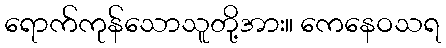
ရောက်ကုန်သောသူတို့အား။ ကေနေဝသရ